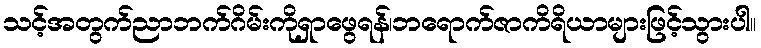
သင့်အတွက်ညာဘက်ဂိမ်းကိုရှာဖွေရန်၊ဘရောက်ဇာကိရိယာများဖြင့်သွားပါ။